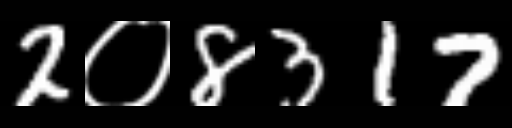
Text: 2०8317